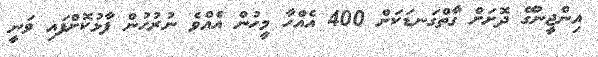
އިންޖީނުގޭ ދޮށަށް ގާތްގަނޑަކަށް 400 އެއްހާ މީހުން އެއްވެ ނުރުހުން ފާޅުކޮށްފައި ވަނީ